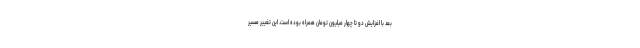
بعد با افزایش دو تا چهار میلیون تومان همراه بوده است. این تغییر مسیر